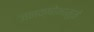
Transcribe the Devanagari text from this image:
जनक्षोभामुळे